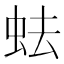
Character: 𧉧